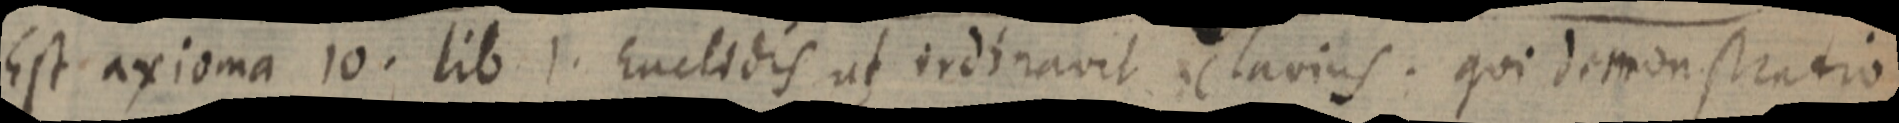
Est axioma 10. lib 1. Euclidis ut ordinavit clavius. qui demonstratio